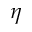
\eta